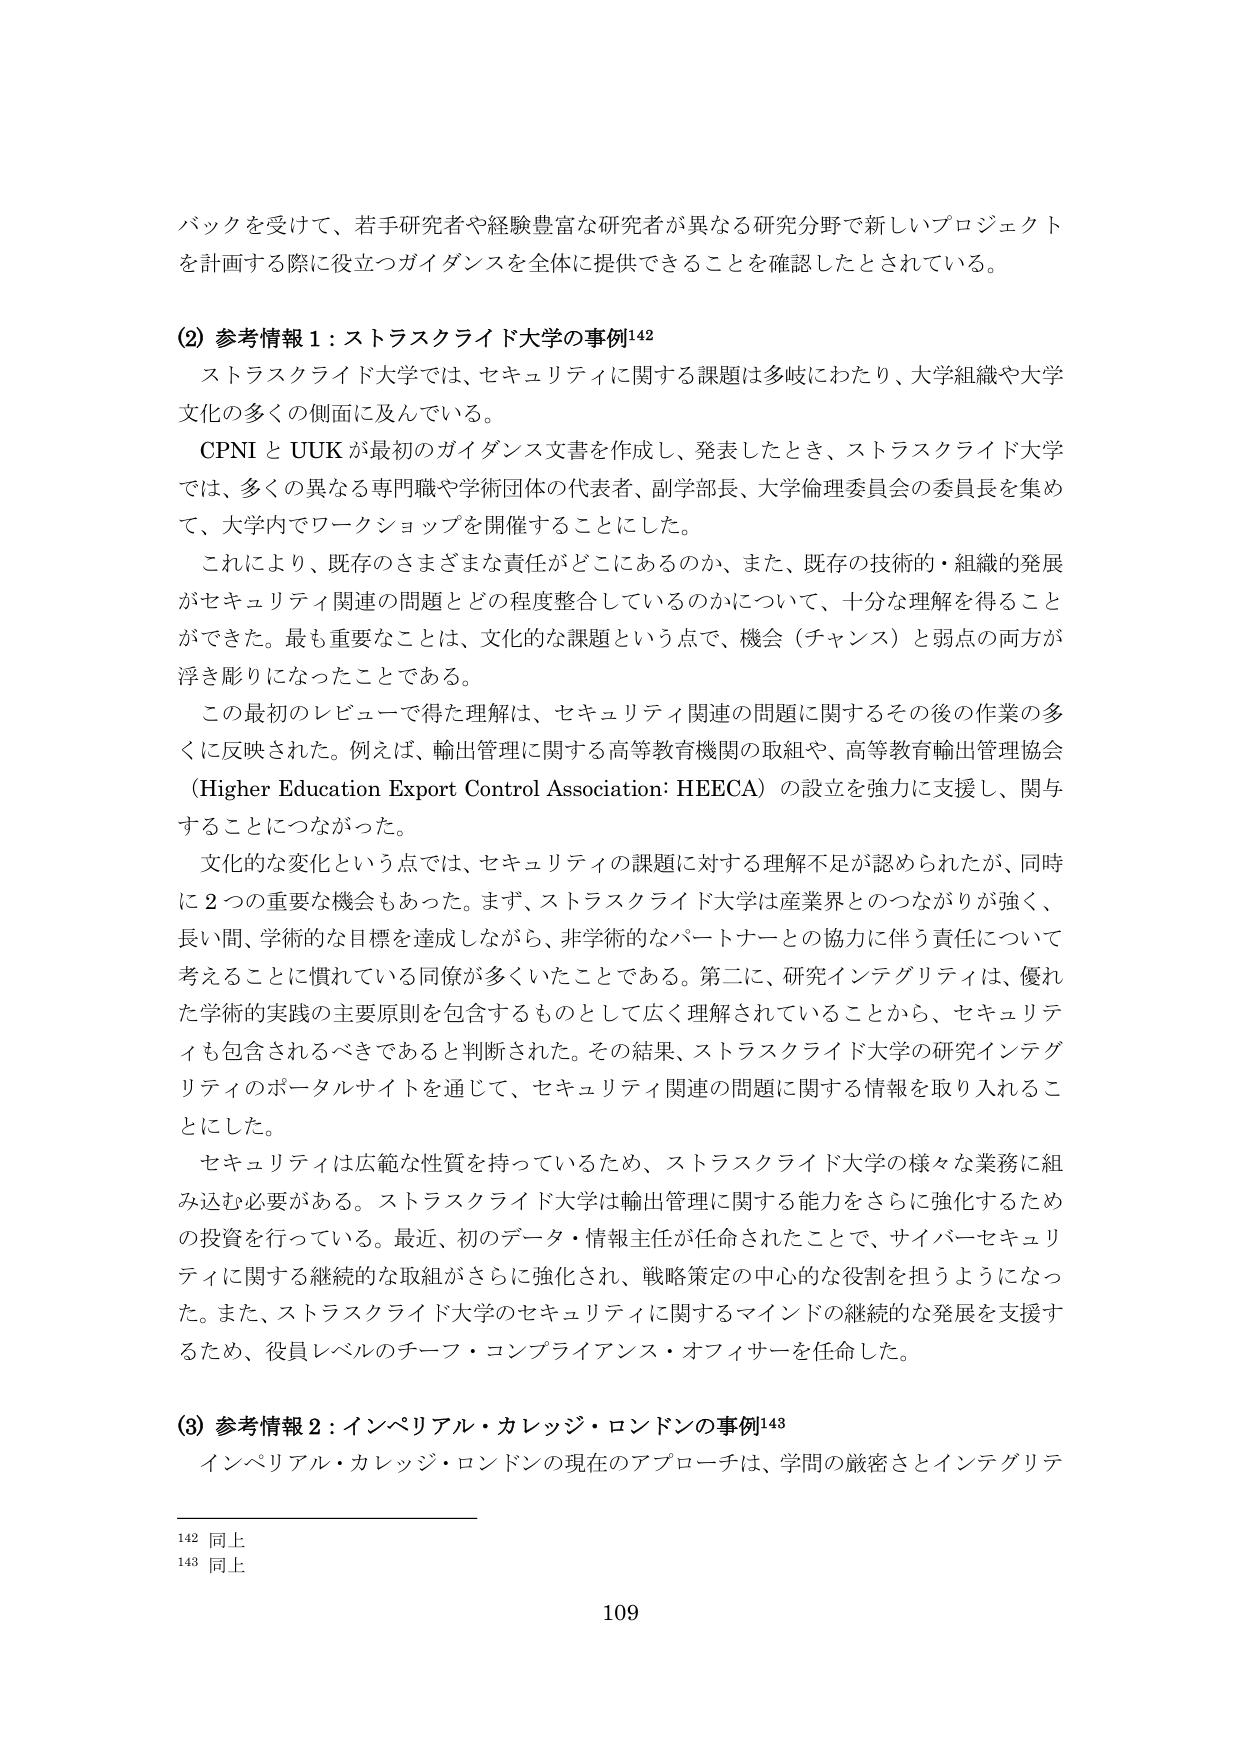
バックを受けて、若手研究者や経験豊富な研究者が異なる研究分野で新しいプロジェクトを計画する際に役立つガイダンスを全体に提供できることを確認したとされている。

(2) 参考情報1：ストラスクライド大学の事例142
ストラスクライド大学では、セキュリティに関する課題は多岐にわたり、大学組織や大学文化の多くの側面に及んでいる。
CPNI と UUK が最初のガイダンス文書を作成し、発表したとき、ストラスクライド大学では、多くの異なる専門職や学術団体の代表者、副学部長、大学倫理委員会の委員長を集め、大学内でワークショップを開催することにした。
これにより、既存のさまざまな責任がどこにあるのか、また、既存の技術的・組織的発展がセキュリティ関連の問題とどの程度整合しているのかについて、十分な理解を得ることができた。最も重要なことは、文化的な課題という点で、機会（チャンス）と弱点の両方が浮き彫りになったことである。
この最初のレビューで得た理解は、セキュリティ関連の問題に関するその後の作業の多くに反映された。例えば、輸出管理に関する高等教育機関の取組や、高等教育輸出管理協会（Higher Education Export Control Association: HEECA）の設立を強力に支援し、関与することにつながった。
文化的な変化という点では、セキュリティの課題に対する理解不足が認められたが、同時に2つの重要な機会もあった。まず、ストラスクライド大学は産業界とのつながりが強く、長い間、学術的な目標を達成しながら、非学術的なパートナーとの協力に伴う責任について考えることに慣れている同僚が多くいたことである。第二に、研究インテグリティは、優れた学術的実践の主要原則を包含するものとして広く理解されていることから、セキュリティも包含されるべきであると判断された。その結果、ストラスクライド大学の研究インテグリティのポータルサイトを通じて、セキュリティ関連の問題に関する情報を取り入れることにした。
セキュリティは広範な性質を持っているため、ストラスクライド大学の様々な業務に組み込む必要がある。ストラスクライド大学は輸出管理に関する能力をさらに強化するための投資を行っている。最近、初のデータ・情報主任が任命されたことで、サイバーセキュリティに関する継続的な取組がさらに強化され、戦略策定の中心的な役割を担うようになった。また、ストラスクライド大学のセキュリティに関するマインドの継続的な発展を支援するため、役員レベルのチーフ・コンプライアンス・オフィサーを任命した。

(3) 参考情報2：インペリアル・カレッジ・ロンドンの事例143
インペリアル・カレッジ・ロンドンの現在のアプローチは、学問の厳密さとインテグリテ

142 同上
143 同上

109